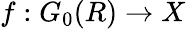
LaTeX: f:G_{0}(R)\to X